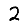
Digit: 2